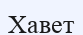
Хавет